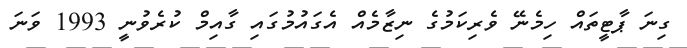
ގިނަ ޕާޓީތައް ހިމެނޭ ވެރިކަމުގެ ނިޒާމެއް އެގައުމުގައި ގާއިމް ކުރެވުނީ 1993 ވަނަ